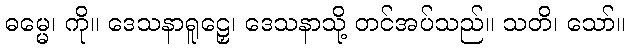
ဓမ္မေ၊ ကို။ ဒေသနာရူဠှေ၊ ဒေသနာသို့ တင်အပ်သည်။ သတိ၊ သော်။